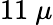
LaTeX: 11\ \mu